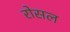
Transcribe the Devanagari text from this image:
रोसल